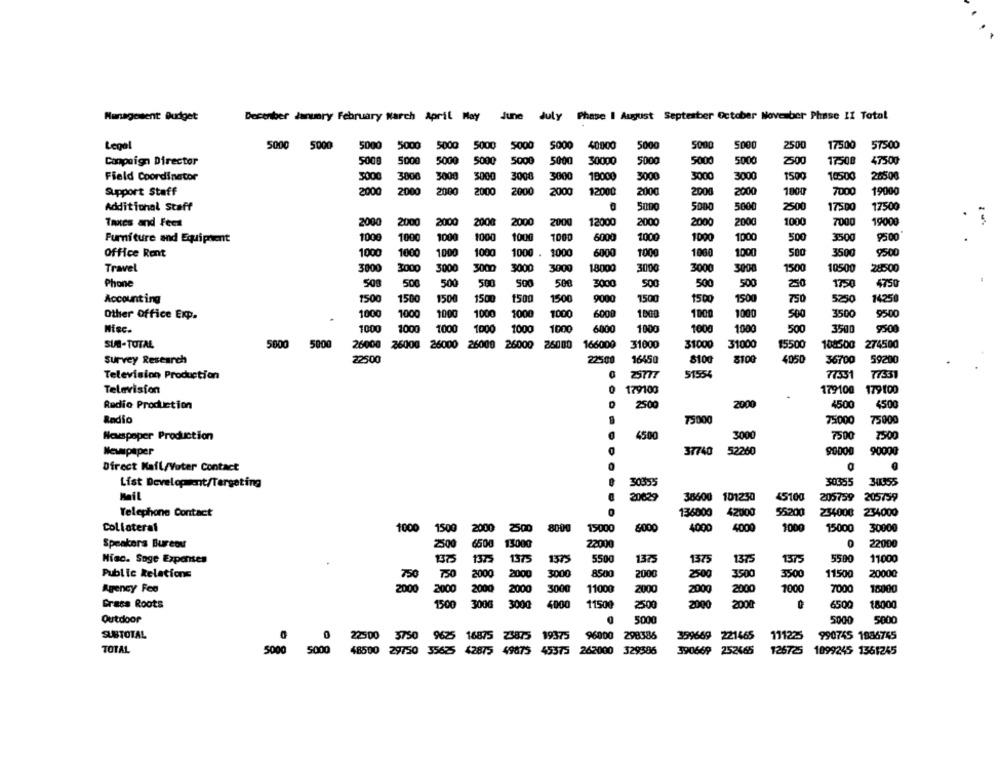
Management Budget:
December January February warch April May June July Phase I August September October November Phase II Total
Legal
5000 5000
5000
5000
5000
5000
5000
5000
40000
5000
5000
2500
17500
57500
Compaign Director
5000
5000
5000
5000
5000
5000
30000
5000
5000
5000
2500
17508
4750g
Field Coordinator
3000
3000
3000
3000
3000
18000
3000
3000
3000
10500
26500
3000
1500
Support Staff
200
2000
2000
2000
2000
2000
12000
2000
2000
2000
7000
19000
1000
Additional Staff
500
5000
2500
17500
17500
Toutes and Feet
2000
2000
2000
2000
2000
2000
12000
2000
200
2000
1000
7000
19000
Furniture and Equipment
1000
1000
1000
1000
1000
1000
6000
1000
100
1000
500
3500
9500
Office Rent
100
1000
1000
1000
1000 .
1000
6000
1000
1000
100
3500
9500
Travel
3000
3000
3000
3000
3000
18000
3000
3000
3000
1500
10500
28500
3000
Phone
508
506
500
500
500
500
3000
500
500
500
250
1750
4750
Accounting
1500
1500
1500
1500
1500
1500
9000
1500
1500
1500
750
5250
14250
Other Office Exp.
1000
1000
1000
1000
1000
1000
6000
1000
1000
100
500
3500
9500
Misc.
1000
1000
1000
1000
1000
1000
6000
1000
1000
100
500
3500
9500
SUB-TOTAL
5000 5000
26000 26000 26000
26000
26000 26000
166000
31000
31000
31000
15500
1085:00
274500
survey Research
22500
22500
16450
8100
8100
4050
36700
59200
Television Production
25777
51554
77551
7331
Television
0
179100
179100
179 100
.
Radio Production
2500
2000
450
4500
Radio
75000
75000
75000
Newspaper Production
4500
3000
7500
7500
Newspaper
37740
52260
90000
9000
Direct Mail/Voter Contact
List Development/Targeting
30355
30055
Mail
20029
36600 101230
45100
205759
205759
Telephone Contact
136000
42000
56200
234000 234000
Collateral
1000
1500
2000
8000
15000
6000
4000
4000
1000
15000
30000
Speakers Bureou
2500
6500
22000
0
22000
Niac. Soge Expenses
1375
1375
1375
137
5500
1375
1375
1375
1375
5500
11000
Public Relations
750
2000
3000
8500
2000
2500
3500
3500
11500
20000
750
Agency Fee
2000
2000
2000
3000
11000
2000
2000
2000
1000
7000
18000
2000
Grass Roots
1500
300G
3000
4000
11500
2500
2000
2000
6500
18000
Outdoor
5000
5000
5000
SUBTOTAL
19375
96000
298386
399669 221465
111225
990745 1986745
0
2500
3750
9625 16875 23875
TOTAL
5000 5000
48500 29750
42875
49875
45375 262000 329386
390669 252665
126725 1099245 1361245